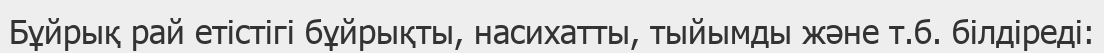
Бұйрық рай етістігі бұйрықты, насихатты, тыйымды және т.б. білдіреді: